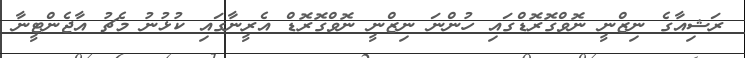
ރަޝިއާގެ ނިޒްނީ ނޮވްގޮރޮޑްގައި ހުންނަ ނިޒްނީ ނޮވްގޮރޮޑް އެރީނާގައި ކުޅުނު މެޗު އާޖެންޓީނާ